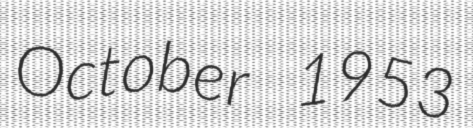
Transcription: October 1953